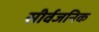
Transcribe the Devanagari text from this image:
सीर्वजनिक